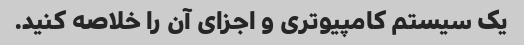
یک سیستم کامپیوتری و اجزای آن را خلاصه کنید.